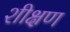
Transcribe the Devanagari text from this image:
शीक्षण